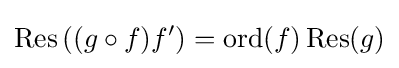
\operatorname {Res} \left((g\circ f)f'\right)=\operatorname {ord} (f)\operatorname {Res} (g)